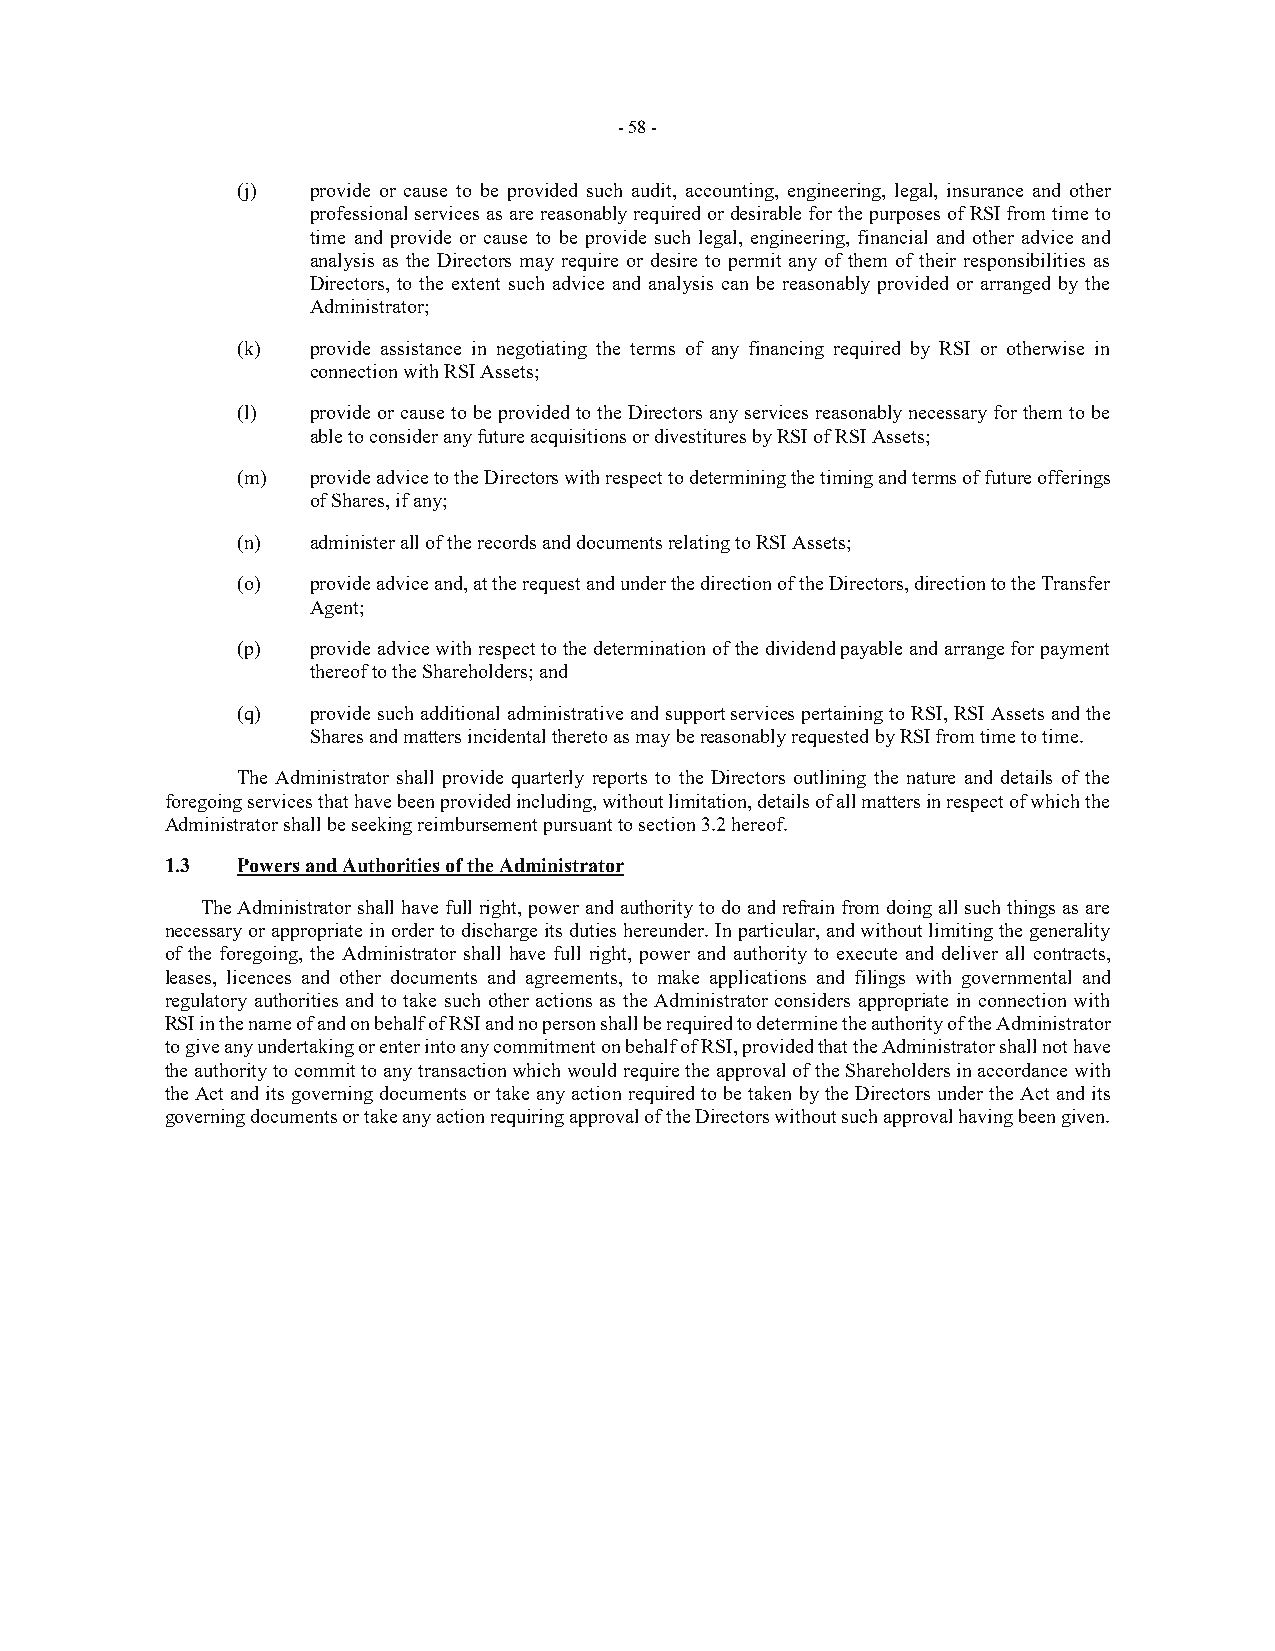
- 58 -
 (j)  provide or cause to be provided such audit, accounting, engineering, legal, insurance and other
 professional services as are reasonably required or desirable for the purposes of RSI from time to
 time and provide or cause to be provide such legal, engineering, financial and other advice and
 analysis as the Directors may require or desire to permit any of them of their responsibilities as
 Directors, to the extent such advice and analysis can be reasonably provided or arranged by the
 Administrator;
 (k)  provide assistance in negotiating the terms of any financing required by RSI or otherwise in
 connection with RSI Assets;
 (l)  provide or cause to be provided to the Directors any services reasonably necessary for them to be
 able to consider any future acquisitions or divestitures by RSI of RSI Assets;
 (m)  provide advice to the Directors with respect to determining the timing and terms of future offerings
 of Shares, if any;
 (n)  administer all of the records and documents relating to RSI Assets;
 (o)  provide advice and, at the request and under the direction of the Directors, direction to the Transfer
 Agent;
 (p)  provide advice with respect to the determination of the dividend payable and arrange for payment
 thereof to the Shareholders; and
 (q)  provide such additional administrative and support services pertaining to RSI, RSI Assets and the
 Shares and matters incidental thereto as may be reasonably requested by RSI from time to time.
 The Administrator shall provide quarterly reports to the Directors outlining the nature and details of the
 foregoing services that have been provided including, without limitation, details of all matters in respect of which the
 Administrator shall be seeking reimbursement pursuant to section 3.2 hereof.
 1.3  Powers and Authorities of the Administrator
 The Administrator shall have full right, power and authority to do and refrain from doing all such things as are
 necessary or appropriate in order to discharge its duties hereunder. In particular, and without limiting the generality
 of the foregoing, the Administrator shall have full right, power and authority to execute and deliver all contracts,
 leases, licences and other documents and agreements, to make applications and filings with governmental and
 regulatory authorities and to take such other actions as the Administrator considers appropriate in connection with
 RSI in the name of and on behalf of RSI and no person shall be required to determine the authority of the Administrator
 to give any undertaking or enter into any commitment on behalf of RSI, provided that the Administrator shall not have
 the authority to commit to any transaction which would require the approval of the Shareholders in accordance with
 the Act and its governing documents or take any action required to be taken by the Directors under the Act and its
 governing documents or take any action requiring approval of the Directors without such approval having been given.